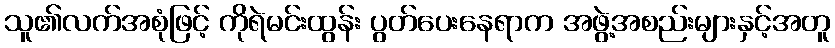
သူ၏လက်အစုံဖြင့် ကိုရဲမင်းထွန်း ပွတ်ပေးနေရာက အဖွဲ့အစည်းများနှင့်အတူ